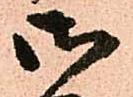
御